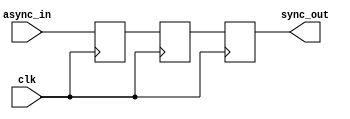
module master_slave_sync #(
    parameter WIDTH = 1 // Parameter to define the width of the input/output data
)(
    input  wire clk,           // Clock signal
    input  wire async_in,      // Asynchronous input signal
    output reg  sync_out       // Synchronized output signal
);

    // Internal signals for master and slave flip-flops
    reg master_ff;
    reg slave_ff;

    // Master Flip-Flop: Captures input on the rising edge of the clock
    always @(posedge clk) begin
        master_ff <= async_in; // Sample the asynchronous input
    end

    // Slave Flip-Flop: Captures output of master on the falling edge of the clock
    always @(negedge clk) begin
        slave_ff <= master_ff; // Transfer the master output to the slave
    end

    // Output assignment
    always @(negedge clk) begin
        sync_out <= slave_ff; // Provide synchronized output
    end

endmodule